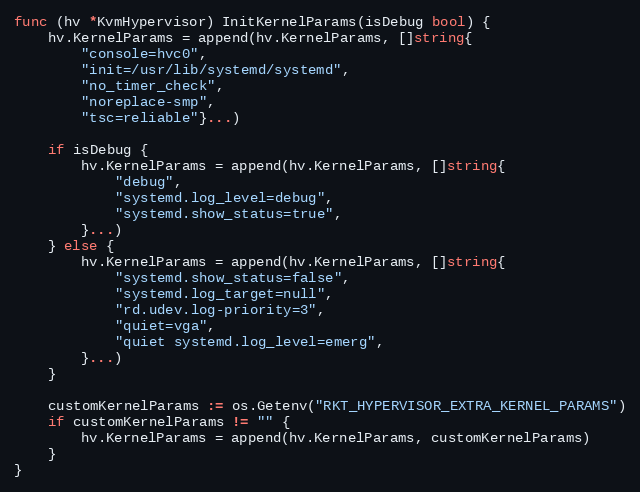
Language: Go
func (hv *KvmHypervisor) InitKernelParams(isDebug bool) {
	hv.KernelParams = append(hv.KernelParams, []string{
		"console=hvc0",
		"init=/usr/lib/systemd/systemd",
		"no_timer_check",
		"noreplace-smp",
		"tsc=reliable"}...)

	if isDebug {
		hv.KernelParams = append(hv.KernelParams, []string{
			"debug",
			"systemd.log_level=debug",
			"systemd.show_status=true",
		}...)
	} else {
		hv.KernelParams = append(hv.KernelParams, []string{
			"systemd.show_status=false",
			"systemd.log_target=null",
			"rd.udev.log-priority=3",
			"quiet=vga",
			"quiet systemd.log_level=emerg",
		}...)
	}

	customKernelParams := os.Getenv("RKT_HYPERVISOR_EXTRA_KERNEL_PARAMS")
	if customKernelParams != "" {
		hv.KernelParams = append(hv.KernelParams, customKernelParams)
	}
}